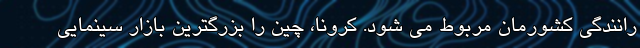
رانندگی کشورمان مربوط می شود. کرونا، چین را بزرگترین بازار سینمایی